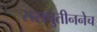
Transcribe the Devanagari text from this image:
रासपुतीननेच